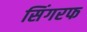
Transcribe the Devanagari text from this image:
सिंगरफ